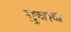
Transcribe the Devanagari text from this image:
गुवाब